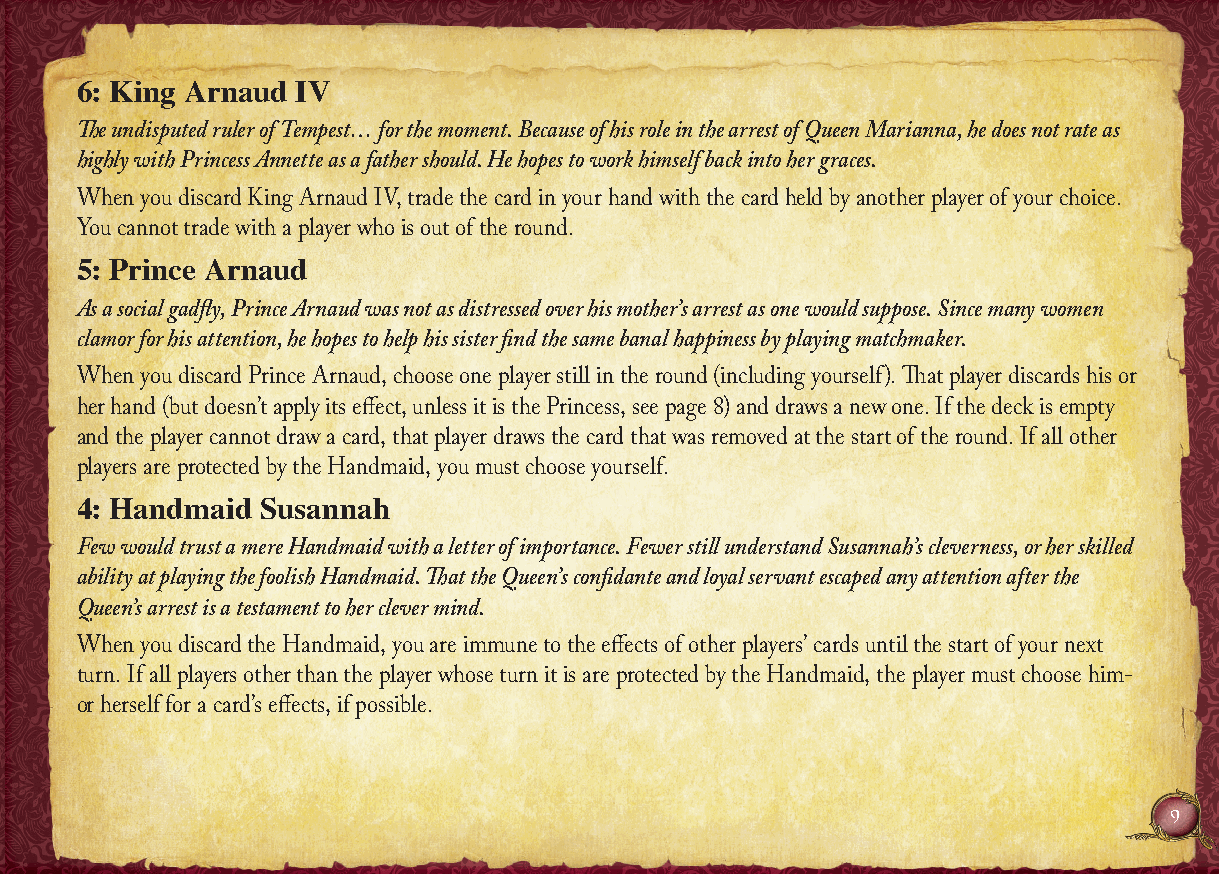
6: King Arnaud IV
 The undisputed ruler of Tempest… for the moment. Because of his role in the arrest of Queen Marianna, he does not rate as
 highly with Princess Annette as a father should. He hopes to work himself back into her graces.
 When you discard King Arnaud IV, trade the card in your hand with the card held by another player of your choice.
 You cannot trade with a player who is out of the round.
 5: Prince Arnaud
 As a social gadfly, Prince Arnaud was not as distressed over his mother’s arrest as one would suppose. Since many women
 clamor for his attention, he hopes to help his sister find the same banal happiness by playing matchmaker.
 When you discard Prince Arnaud, choose one player still in the round (including yourself). That player discards his or
 her hand (but doesn’t apply its effect, unless it is the Princess, see page 8) and draws a new one. If the deck is empty
 and the player cannot draw a card, that player draws the card that was removed at the start of the round. If all other
 players are protected by the Handmaid, you must choose yourself.
 4: Handmaid Susannah
 Few would trust a mere Handmaid with a letter of importance. Fewer still understand Susannah’s cleverness, or her skilled
 ability at playing the foolish Handmaid. That the Queen’s confidante and loyal servant escaped any attention after the
 Queen’s arrest is a testament to her clever mind.
 When you discard the Handmaid, you are immune to the effects of other players’ cards until the start of your next
 turn. If all players other than the player whose turn it is are protected by the Handmaid, the player must choose him-
 or herself for a card’s effects, if possible.
 9